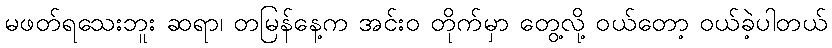
မဖတ်ရသေးဘူး ဆရာ၊ တမြန်နေ့က အင်းဝ တိုက်မှာ တွေ့လို့ ဝယ်တော့ ဝယ်ခဲ့ပါတယ်